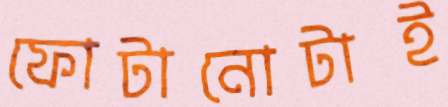
ফোটানোটাই